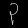
Digit: ၃